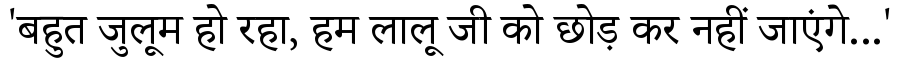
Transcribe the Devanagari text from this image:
'बहुत जुलूम हो रहा, हम लालू जी को छोड़ कर नहीं जाएंगे...'